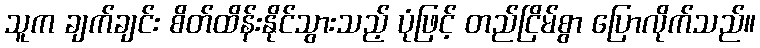
သူက ချက်ချင်း စိတ်ထိန်းနိုင်သွားသည့် ပုံဖြင့် တည်ငြိမ်စွာ ပြောလိုက်သည်။